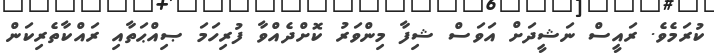
ކުރަމެވެ. ރައީސް ނަޝީދަށް އަވަސް ޝިފާ މިންވަރު ކޮށްދެއްވާ ފުރިހަމަ ޞިއްޙަތާއި ރައްކާތެރިކަން